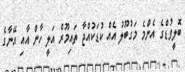
ބޮލީވުޑްގެ އެންމެ މަގުބޫލު އެއް ކުޑަކުއްޖާ ތައިމޫރް އަލީ ހާން އާއި އޭނާގެ